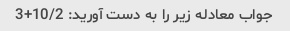
جواب معادله زیر را به دست آورید: 10/2+3